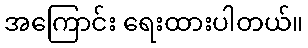
အကြောင်း ရေးထားပါတယ်။